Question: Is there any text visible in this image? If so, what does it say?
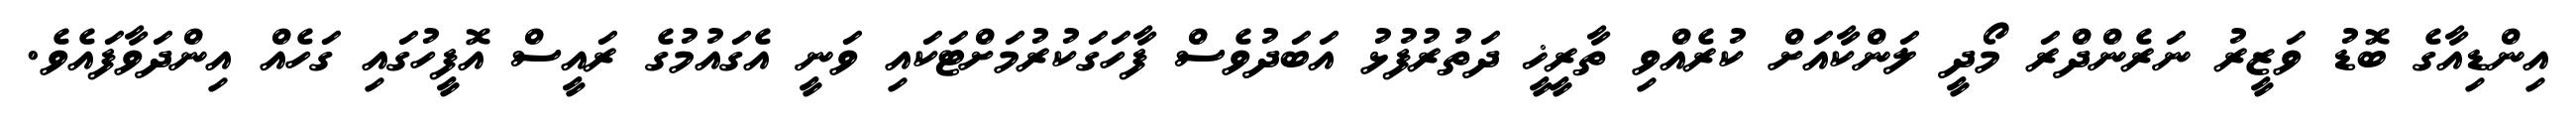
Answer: އިންޑިއާގެ ބޮޑު ވަޒީރު ނަރެންދްރަ މޯދީ ލަންކާއަށް ކުރެއްވި ތާރީޚީ ދަތުރުފުޅު އަބަދުވެސް ފާހަގަކުރުމަށްޓަކައި ވަނީ އެގައުމުގެ ރައީސް އޮފީހުގައި ގަހެއް އިންދަވާފައެވެ.